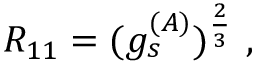
R _ { 1 1 } = ( g _ { s } ^ { ( A ) } ) ^ { \frac { 2 } { 3 } } \ ,